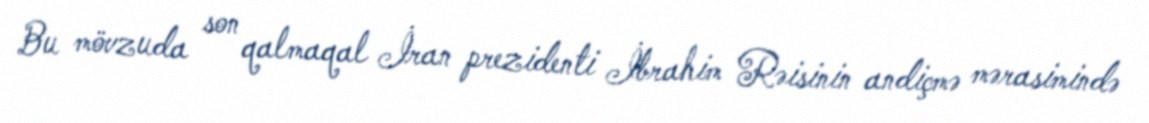
Bu mövzuda son qalmaqal İran prezidenti İbrahim Rəisinin andiçmə mərasimində